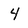
Character: 4